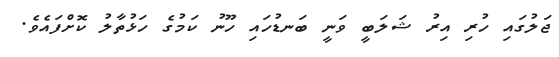
ޖަލުގައި ހުރި އިރު ޝަލަބީ ވަނީ ބަނޑުހައި ހޫނު ކަމުގެ ހަޅުތާލު ކޮށްފައެވެ.